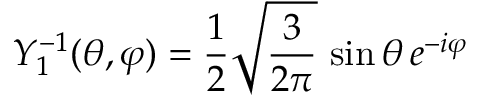
Y _ { 1 } ^ { - 1 } ( \theta , \varphi ) = { \frac { 1 } { 2 } } { \sqrt { \frac { 3 } { 2 \pi } } } \, \sin \theta \, e ^ { - i \varphi }